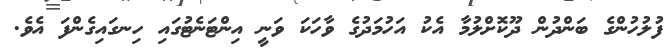
ފުލުހުންގެ ބަންދުން ދޫކޮށްލުމާ އެކު އަހުމަދުގެ ވާހަކަ ވަނީ އިންޓަނެޓުގައި ހިނގައިގެންފަ އެވެ.